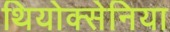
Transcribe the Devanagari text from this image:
थियोक्सेनिया